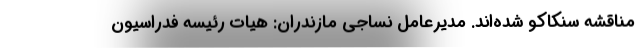
مناقشه سنکاکو شده‌اند. مدیرعامل نساجی مازندران: هیات رئیسه فدراسیون